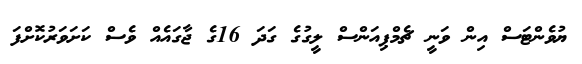
ޔުވެންޓަސް އިން ވަނީ ޗެމްޕިއަންސް ލީގުގެ ގަދަ 16ގެ ޖާގައެއް ވެސް ކަށަވަރުކޮށްފަ